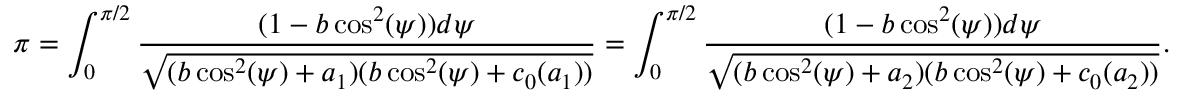
\pi = \int _ { 0 } ^ { \pi / 2 } \frac { ( 1 - b \cos ^ { 2 } ( \psi ) ) d \psi } { \sqrt { ( b \cos ^ { 2 } ( \psi ) + a _ { 1 } ) ( b \cos ^ { 2 } ( \psi ) + c _ { 0 } ( a _ { 1 } ) ) } } = \int _ { 0 } ^ { \pi / 2 } \frac { ( 1 - b \cos ^ { 2 } ( \psi ) ) d \psi } { \sqrt { ( b \cos ^ { 2 } ( \psi ) + a _ { 2 } ) ( b \cos ^ { 2 } ( \psi ) + c _ { 0 } ( a _ { 2 } ) ) } } .